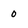
Character: 0